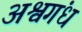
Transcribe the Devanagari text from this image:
अश्वगंध